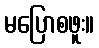
မပြောစဖူး။